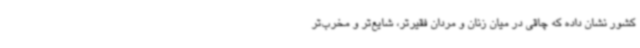
کشور نشان داده که چاقی در میان زنان و مردان فقیرتر، شایع‌تر و مخرب‌تر